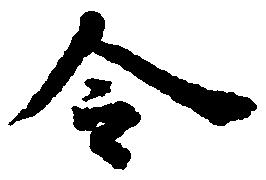
令